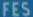
FES